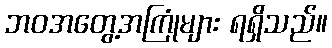
ဘဝအတွေ့အကြုံများ ရရှိသည်။